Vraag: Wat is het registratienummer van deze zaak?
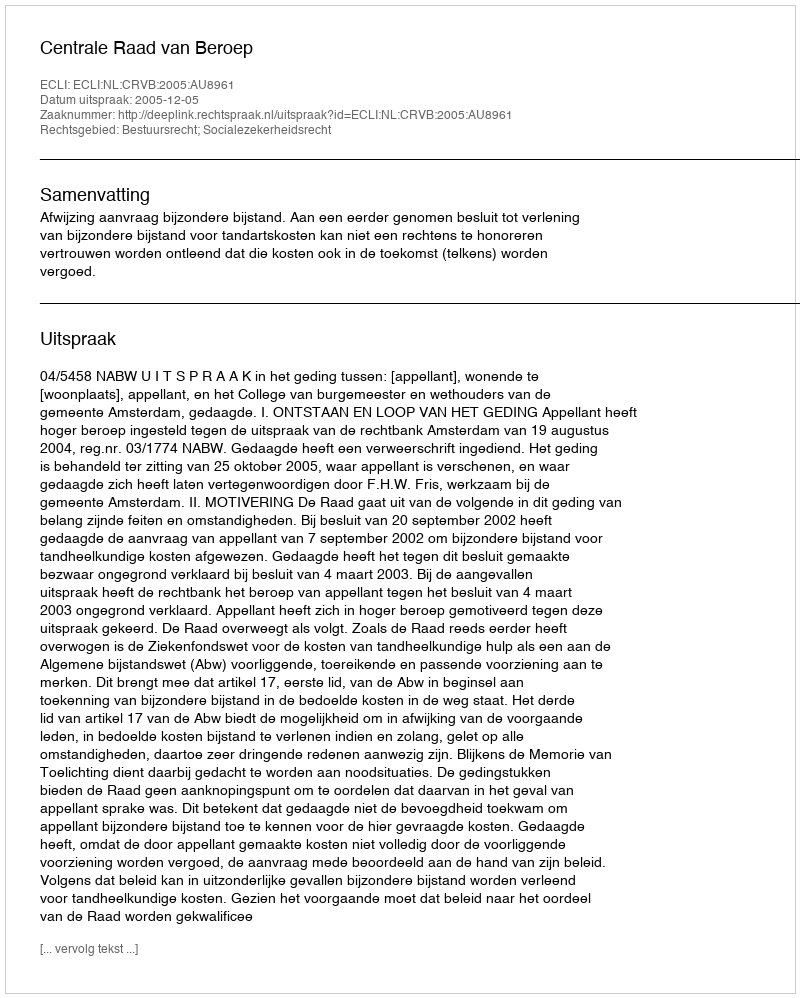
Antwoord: http://deeplink.rechtspraak.nl/uitspraak?id=ECLI:NL:CRVB:2005:AU8961